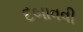
દબાવવી